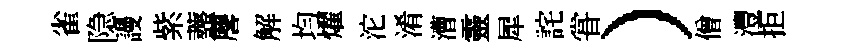
雀隐謾紫虀麐解均燿沱淆漕靈犀詫甞）僧灃拒